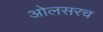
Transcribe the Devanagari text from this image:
ओलसरच